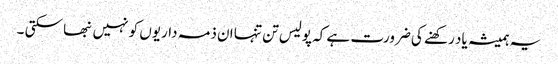
یہ ہمیشہ یاد رکھنے کی ضرورت ہے کہ پولیس تن تنہا ان ذمہ داریوں کو نہیں نبھا سکتی ۔